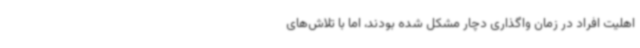
اهلیت افراد در زمان واگذاری دچار مشکل شده بودند، اما با تلاش‌های